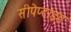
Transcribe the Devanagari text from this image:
सीपेप्टाइड